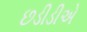
છડીડીએ